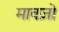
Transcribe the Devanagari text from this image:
मावज़ो